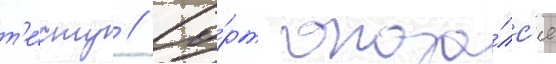
т'е́сту // Со́рт оказа́лс'я